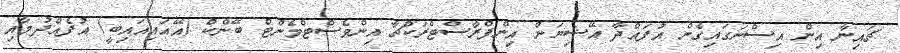
ޗައިނާ އިން އިސްނަގައިގެން އުފައްދާ އޭޝިޔަން އިންފްރާސްޓްރަކްޗާ އިންވެސްޓްމެންޓް ބޭންކް (އޭއައިއައިބީ) އުފެއްދުމާއި